画像に写った文字を読んでください
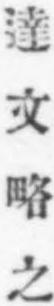
「達文略之」と書いてあります